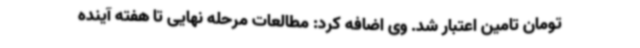
تومان تامین اعتبار شد. وی اضافه کرد: مطالعات مرحله نهایی تا هفته آینده